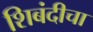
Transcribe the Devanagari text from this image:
शिबंदीचा